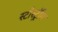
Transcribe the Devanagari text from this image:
स्टोर्स्ट्रॉम